Annual report on the Civil Veterinary Department, Burma (including the Insein Veterinary School) - 1923-1931
Year: 1923
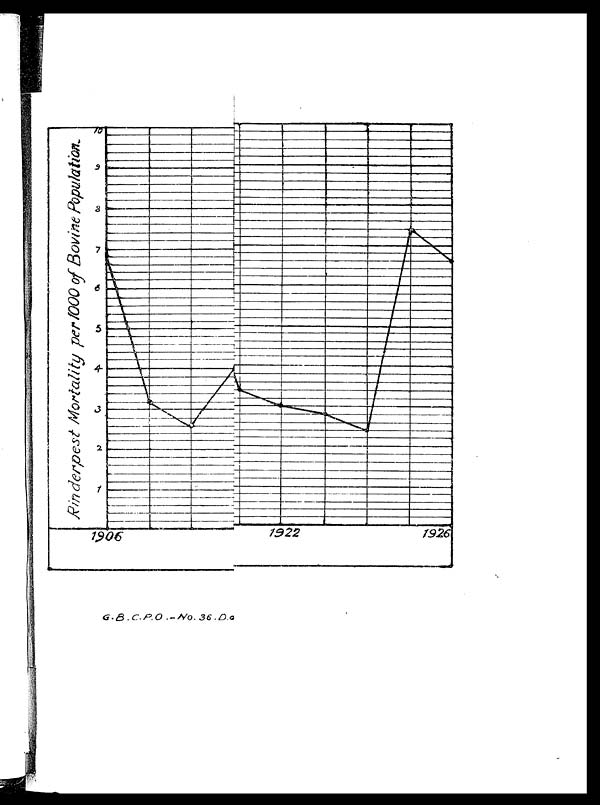
G.B.C.P.O.—No. 36.D.o